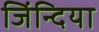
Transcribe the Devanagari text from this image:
जिंन्दिया